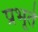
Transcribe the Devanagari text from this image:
प्रभूते